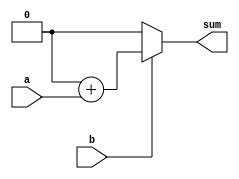
//
//    multiply_large.v
//
//    Copyright (c) 2001 ajb
//
//    This source code is free software; you can redistribute it
//    and/or modify it in source code form under the terms of the GNU
//    General Public License as published by the Free Software
//    Foundation; either version 2 of the License, or (at your option)
//    any later version.
//
//    This program is distributed in the hope that it will be useful,
//    but WITHOUT ANY WARRANTY; without even the implied warranty of
//    MERCHANTABILITY or FITNESS FOR A PARTICULAR PURPOSE.  See the
//    GNU General Public License for more details.
//
//    You should have received a copy of the GNU General Public License
//    along with this program; if not, write to the Free Software
//    Foundation, Inc., 59 Temple Place - Suite 330, Boston, MA 02111-1307, USA
//

`define W (65)	// any value past 32 will suffice

module multiplier(a,b,sum);
parameter N=1;

input[N-1:0] a, b;
output[N-1:0] sum;

reg [(N-1)*2:0] tmp;
integer i;

always @(a or b)
	begin
	tmp = 0;
	for(i=0;i<N;i=i+1)
		begin
		if(b[i]) tmp=tmp + ({{N{1'b0}}, a} << i);
		end
	end

assign sum = tmp[N:0];

endmodule


module multiply_large;

reg [0:`W-1] a, b;
wire [0:`W-1] c, s;
reg [0:`W-1] d;
integer i, j;
reg rc;

assign c=a*b;
multiplier #(`W) mpy(a,b,s);

initial
begin

rc=0;
a={{`W-1{1'b0}}, 1'b1};		// walking 1s
for(i=0;i<`W;i=i+1)
	begin
	b={{`W-1{1'b0}}, 1'b1};
	for(j=0;j<`W;j=j+1)
		begin
                #1;
		d=a*b;
		if ((c!=d)||(c!=s))
			begin
			$display("a=%h b=%h c=%h d=%h s=%h", a,b,c,d,s);
			rc=1;
			end
		b={b[1:`W-1], 1'b0};
		end
	a={a[1:`W-1], 1'b0};
	end

a={{`W-1{1'b1}}, 1'b0};		// walking 0s
for(i=0;i<`W;i=i+1)
	begin
	b={{`W-1{1'b1}}, 1'b0};
	for(j=0;j<`W;j=j+1)
		begin
                #1;
		d=a*b;
		if ((c!=d)||(c!=s))
			begin
			$display("a=%h b=%h c=%h d=%h s=%h", a,b,c,d,s);
			rc=1;
			end
		b={b[1:`W-1], 1'b1};
		end
	a={a[1:`W-1], 1'b1};
	end

a={{`W-2{1'b0}}, 2'b11};	// walking 11s
for(i=0;i<`W;i=i+1)
	begin
	b={{`W-2{1'b0}}, 2'b11};
	for(j=0;j<`W;j=j+1)
		begin
                #1;
		d=a*b;
		if ((c!=d)||(c!=s))
			begin
			$display("a=%h b=%h c=%h d=%h s=%h", a,b,c,d,s);
			rc=1;
			end
		b={b[1:`W-1], 1'b0};
		end
	a={a[1:`W-1], 1'b0};
	end

a={{`W-2{1'b1}}, 2'b00};	// walking 00s
for(i=0;i<`W;i=i+1)
	begin
	b={{`W-2{1'b1}}, 2'b00};
	for(j=0;j<`W;j=j+1)
		begin
                #1;
		d=a*b;
		if ((c!=d)||(c!=s))
			begin
			$display("a=%h b=%h c=%h d=%h s=%h", a,b,c,d,s);
			rc=1;
			end
		b={b[1:`W-1], 1'b1};
		end
	a={a[1:`W-1], 1'b1};
	end

a={{`W-3{1'b0}}, 3'b101};	// walking 101s
for(i=0;i<`W;i=i+1)
	begin
	b={{`W-3{1'b0}}, 3'b101};
	for(j=0;j<`W;j=j+1)
		begin
                #1;
		d=a*b;
		if ((c!=d)||(c!=s))
			begin
			$display("a=%h b=%h c=%h d=%h s=%h", a,b,c,d,s);
			rc=1;
			end
		b={b[1:`W-1], 1'b0};
		end
	a={a[1:`W-1], 1'b0};
	end

a={{`W-3{1'b1}}, 3'b010};	// walking 010s
for(i=0;i<`W;i=i+1)
	begin
	b={{`W-3{1'b1}}, 3'b010};
	for(j=0;j<`W;j=j+1)
		begin
                #1;
		d=a*b;
		if ((c!=d)||(c!=s))
			begin
			$display("a=%h b=%h c=%h d=%h s=%h", a,b,c,d,s);
			rc=1;
			end
		b={b[1:`W-1], 1'b1};
		end
	a={a[1:`W-1], 1'b1};
	end

if (rc) $display("FAILED"); else $display("PASSED");
$finish;
end

endmodule